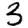
Digit: 3